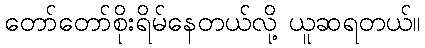
တော်တော်စိုးရိမ်နေတယ်လို့ ယူဆရတယ်။